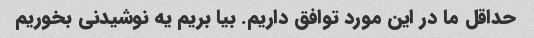
حداقل ما در این مورد توافق داریم. بیا بریم یه نوشیدنی بخوریم